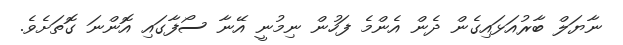
ނާޔަލް ބާރުއަޅައިގެން ދެން އެންމެ ފަހުން ނިމުނީ އޭނާ ސޯފާގައި އޮންނަ ގޮތަށެވެ.